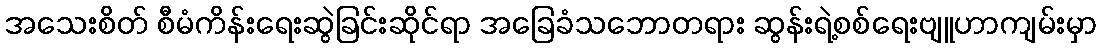
အသေးစိတ် စီမံကိန်းရေးဆွဲခြင်းဆိုင်ရာ အခြေခံသဘောတရား ဆွန်းရဲ့စစ်ရေးဗျူဟာကျမ်းမှာ